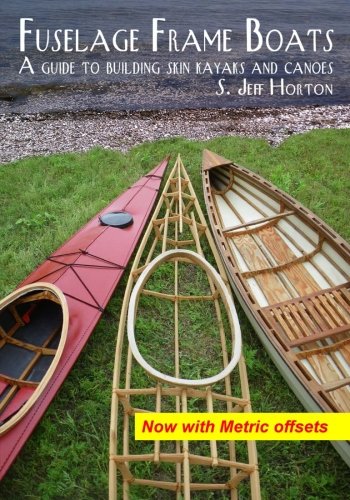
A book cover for Fuselage Frame Boats: A guide to building skin kayaks and canoes; S. Jeff Horton; Sports & Outdoors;